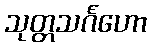
သုတ္တသင်္ဂဟော